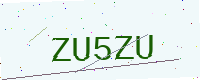
Text: ZU5ZU